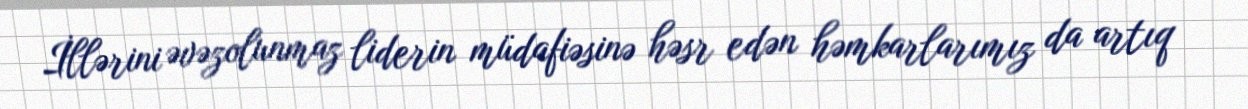
İllərini əvəzolunmaz liderin müdafiəsinə həsr edən həmkarlarımız da artıq